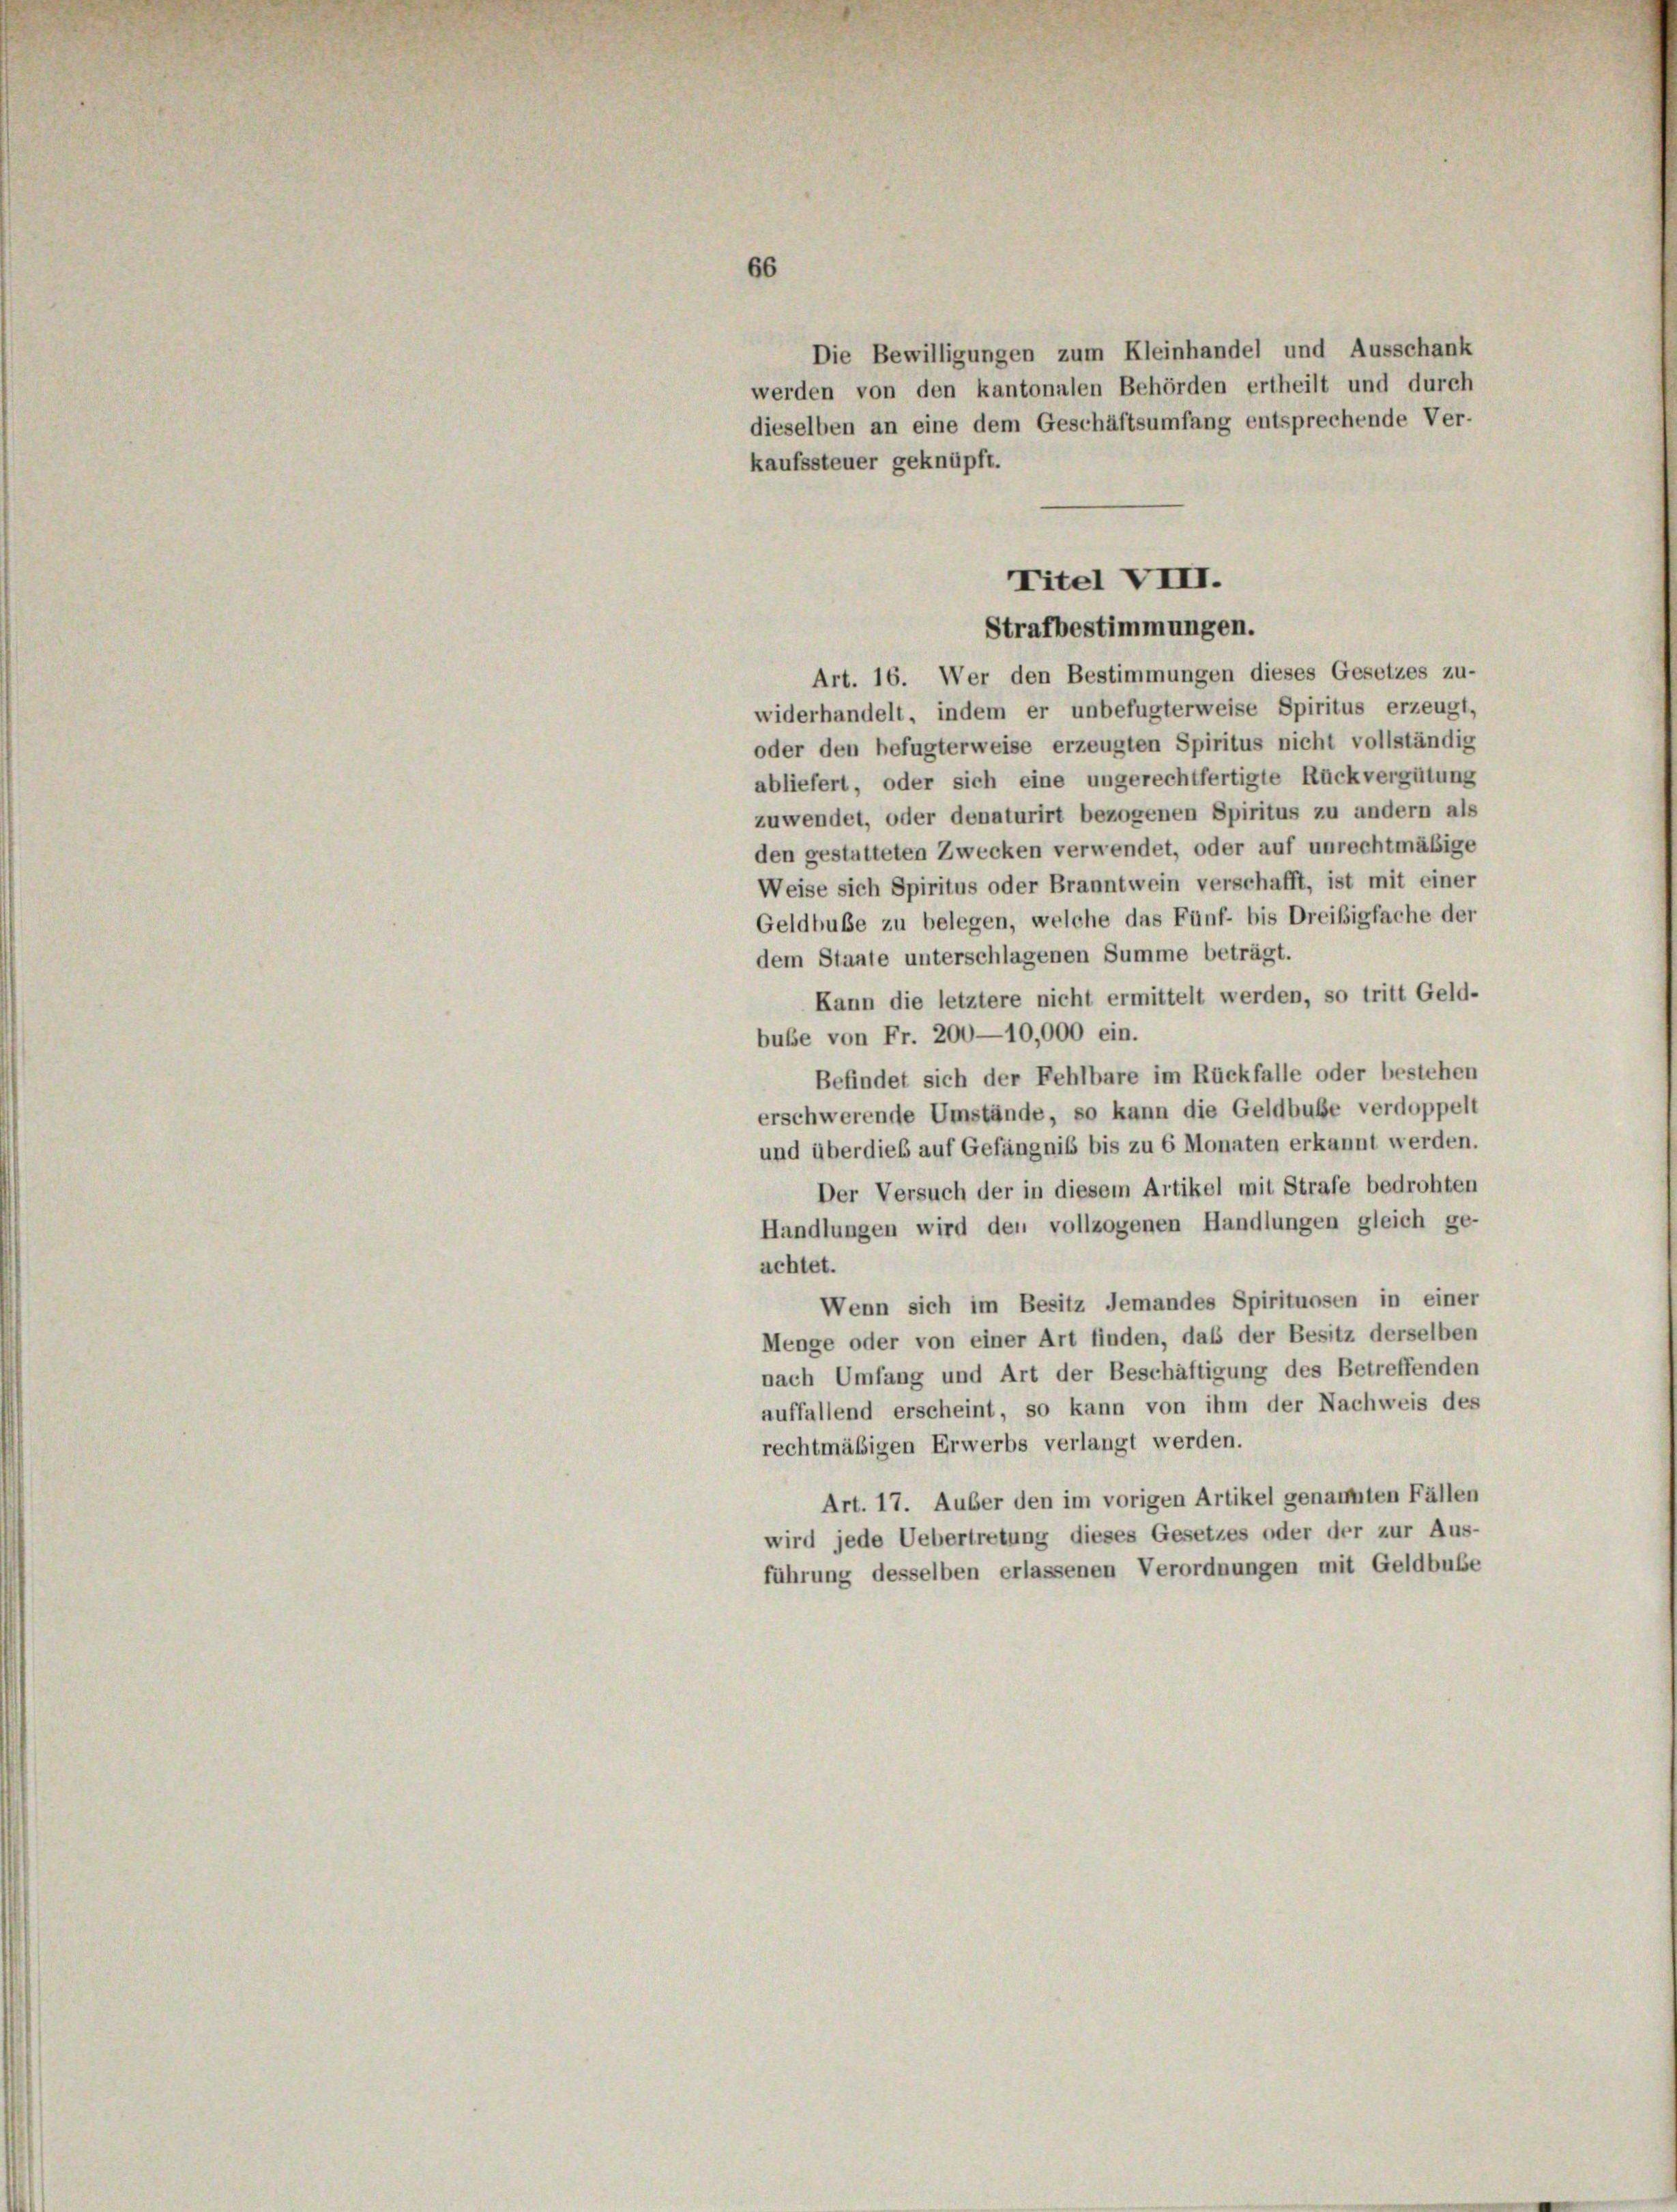
66

Die Bewilligungen zum Kleinhandel und Ausschank
werden von den kantonalen Behörden ertheilt und durch
dieselben an eine dem Geschäftsumfang entsprechende Ver-
kaufssteuer geknüpft.
Art. 16. Wer den Bestimmungen dieses Gesetzes zu-
widerhandelt, indem er unbefugterweise Spiritus erzeugt,
oder den befugterweise erzeugten Spiritus nicht vollständig
abliefert, oder sich eine ungerechtfertigte Rückvergütung
zuwendet, oder denaturirt bezogenen Spiritus zu andern als
den gestatteten Zwecken verwendet, oder auf unrechtmäßige
Weise sich Spiritus oder Branntwein verschafft, ist mit einer
Geldbuße zu belegen, welche das Fünf- bis Dreißigfache der
dem Stante unterschlagenen Summe beträgt.
Kann die letztere nicht ermittelt werden, so tritt Geld-
buße von Fr. 200—10,000 ein.
Befindet sich der Fehlbare im Rückfalle oder bestehen
erschwerende Umstände, so kann die Geldbuße verdoppelt
und überdies auf Gefängnis bis zu 6 Monaten erkannt werden.
Der Versuch der in diesem Artikel mit Strafe bedrohten
Handlungen wird den vollzogenen Handlungen gleich ge-
achtet.
Wenn sich im Besitz Jemandes Spirituosen in einer
Menge oder von einer Art finden, daß der Besitz derselben
nach Umfang und Art der Beschäftigung des Betreffenden
auffallend erscheint, so kann von ihm der Nachweis des
rechtmäßigen Erwerbs verlangt werden.
Art. 17. Auber den im vorigen Artikel genannten Fällen
wird jede Uebertretung dieses Gesetzes oder der zur Aus-
führung desselben erlassenen Verordnungen mit Geldbube

Titel VIII.
Strafbestimmungen.